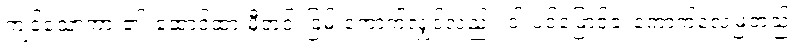
ကျင့်သောကား၏၊ ထောင်ထားမှီတင်၊ ငြမ်းကောက်လျှင်လည်း၊ ဝါးပင်ဖြောင့်ခဲ၊ ကောက်လေမြဲတည့်၊